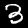
Label: 3